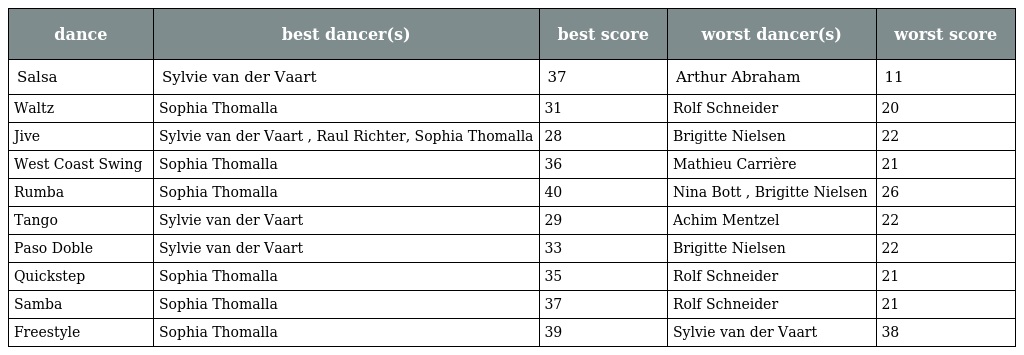
| dance | best dancer(s) | best score | worst dancer(s) | worst score |
 | --- | --- | --- | --- | --- |
 | Salsa | Sylvie van der Vaart | 37 | Arthur Abraham | 11 |
 | Waltz | Sophia Thomalla | 31 | Rolf Schneider | 20 |
 | Jive | Sylvie van der Vaart , Raul Richter, Sophia Thomalla | 28 | Brigitte Nielsen | 22 |
 | West Coast Swing | Sophia Thomalla | 36 | Mathieu Carrière | 21 |
 | Rumba | Sophia Thomalla | 40 | Nina Bott , Brigitte Nielsen | 26 |
 | Tango | Sylvie van der Vaart | 29 | Achim Mentzel | 22 |
 | Paso Doble | Sylvie van der Vaart | 33 | Brigitte Nielsen | 22 |
 | Quickstep | Sophia Thomalla | 35 | Rolf Schneider | 21 |
 | Samba | Sophia Thomalla | 37 | Rolf Schneider | 21 |
 | Freestyle | Sophia Thomalla | 39 | Sylvie van der Vaart | 38 |